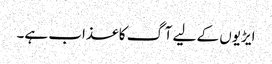
ایڑیوں کے لیے آگ کا عذاب ہے۔